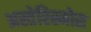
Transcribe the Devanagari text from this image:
अस्तेरिस्मोस